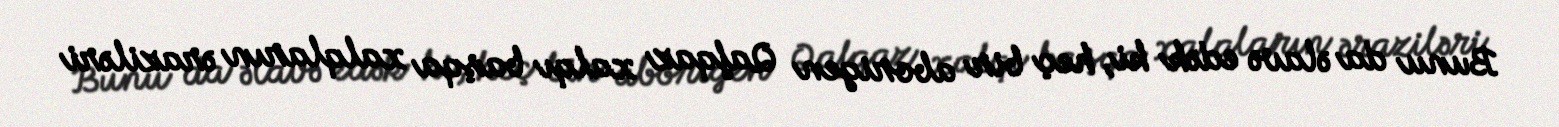
Bunu da əlavə edək ki, heç bir aborigen Qafqaz xalqı başqa xalqların əraziləri